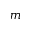
m